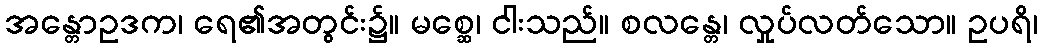
အန္တောဥဒက၊ ရေ၏အတွင်း၌။ မစ္ဆေ၊ ငါးသည်။ စလန္တေ၊ လှုပ်လတ်သော။ ဥပရိ၊